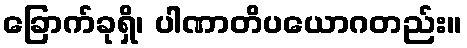
ခြောက်ခုရှိ၊ ပါဏာတိပယောဂတည်း။